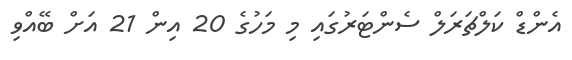
އެންޑް ކަލްޗަރަލް ސެންޓަރުގައި މި މަހުގެ 20 އިން 21 އަށް ބޭއްވި